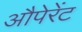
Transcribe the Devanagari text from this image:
औपेरेंट